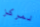
لمركز